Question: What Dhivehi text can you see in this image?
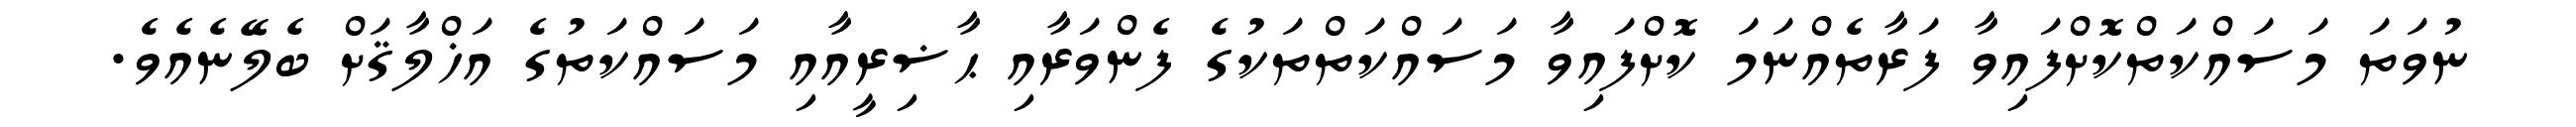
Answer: ނުވަތަ މަސައްކަތްކޮށްފައިވާ ފަރާތެއްނަމަ ކޮށްފައިވާ މަސައްކަތްތަކުގެ ފެންވަރާއި ޙާޟިރީއާއި މަސައްކަތުގެ އަޚްލާޤަށް ބެލޭނެއެވެ.